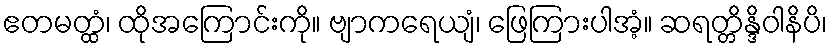
ဧတမတ္ထံ၊ ထိုအကြောင်းကို။ ဗျာကရေယျံ၊ ဖြေကြားပါအံ့။ ဆရတ္တိန္ဒိဝါနိပိ၊